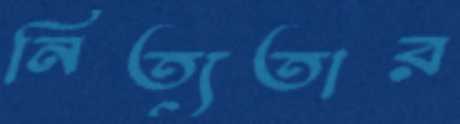
নিত্যতার